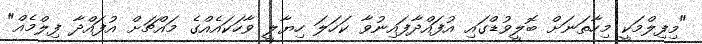
"މިފިލްމަކީ މިހާތަނަށް ބޮލީވުޑްގައި އުފައްދާފައިނުވާ ކަހަލަ ހިޔާލީ ވާހަކައެއްގެ މައްޗަށް އުފައްދާ ފިލްމެއް"